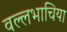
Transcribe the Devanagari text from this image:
वल्लभाचिया